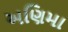
અણિમા